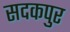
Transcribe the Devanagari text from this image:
सदकपुर